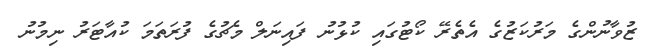
ޒުވާނުންގެ މަރުކަޒުގެ އެތެރޭ ކޯޓުގައި ކުޅުނު ފައިނަލް މެޗުގެ ފުރަތަމަ ކުއާޓަރު ނިމުނު